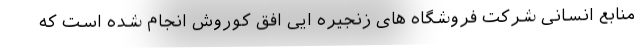
منابع انسانی شرکت فروشگاه های زنجیره ایی افق کوروش انجام شده است که